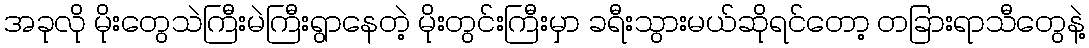
အခုလို မိုးတွေသဲကြီးမဲကြီးရွာနေတဲ့ မိုးတွင်းကြီးမှာ ခရီးသွားမယ်ဆိုရင်တော့ တခြားရာသီတွေနဲ့